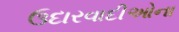
ઉદારવાદીઓના